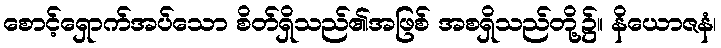
စောင့်ရှောက်အပ်သော စိတ်ရှိသည်၏အဖြစ် အစရှိသည်တို့၌။ နိယောဇနံ၊